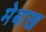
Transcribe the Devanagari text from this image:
मेबाख